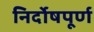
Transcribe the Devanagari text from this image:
निर्दोषपूर्ण